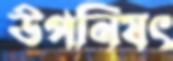
উপনিষৎ